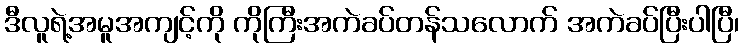
ဒီလူရဲ့အမူအကျင့်ကို ကိုကြီးအကဲခပ်တန်သလောက် အကဲခပ်ပြီးပါပြီ၊